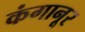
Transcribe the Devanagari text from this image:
कंगानूर